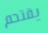
يقتحم